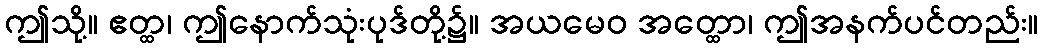
ဤသို့။ ဧတ္ထ၊ ဤနောက်သုံးပုဒ်တို့၌။ အယမေဝ အတ္ထော၊ ဤအနက်ပင်တည်း။